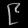
Digit: ၉